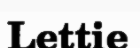
Lettie